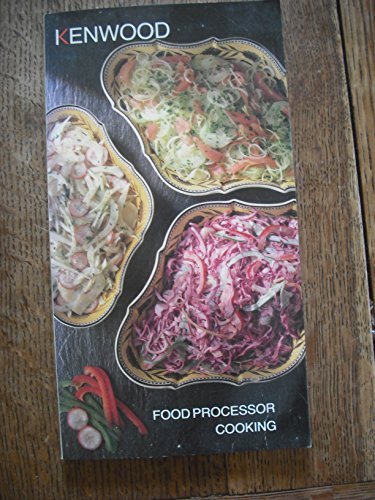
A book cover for Food Processor Cooking (Kitchen Library); Wendy Godfrey; Cookbooks, Food & Wine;